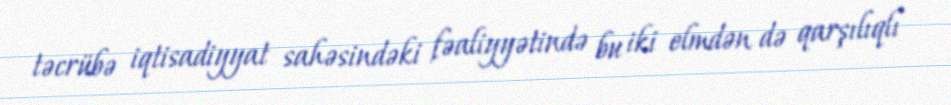
təcrübə iqtisadiyyat sahəsindəki fəaliyyətində bu iki elmdən də qarşılıqlı